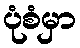
ပုံစံမှာ